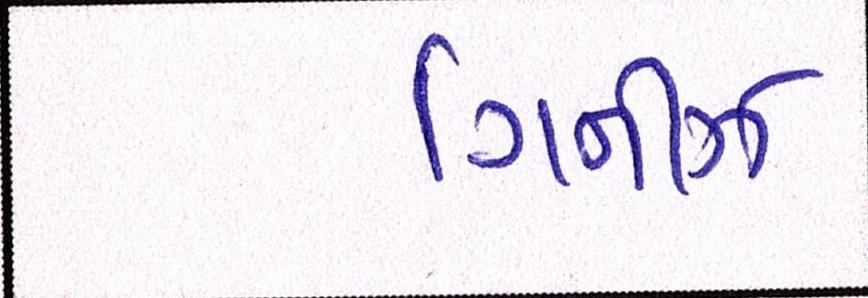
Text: ગિનીઝ